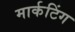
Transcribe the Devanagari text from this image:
मार्कटिंग